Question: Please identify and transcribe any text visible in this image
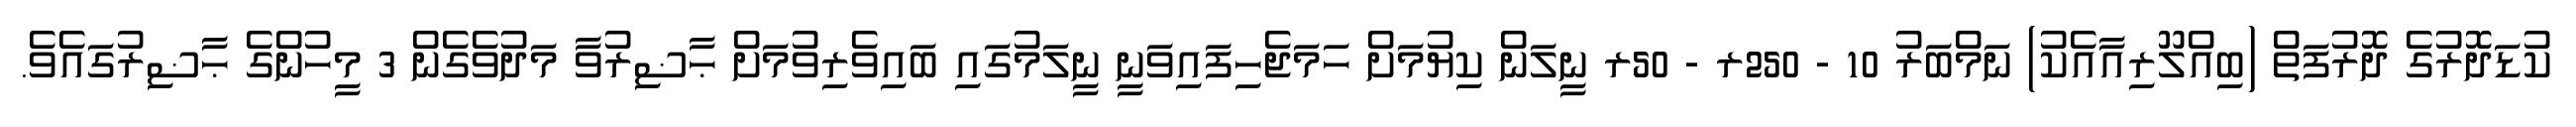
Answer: ކުޑަދޮރުގެ ދޮރުފަތް (ބިއްލޫރިއާއެކު) ނަމްބަރު 10 - 250ރ - 50ރ ނީލަން ކިޔުމަށް ހަމަޖެހިފައިވަނީ ނީލަމުގައި ބައިވެރިވުމަށް ޙާޟިރުވާ މަދުވެގެން 3 މީހުންގެ ޙާޟިރުގައެވެ.